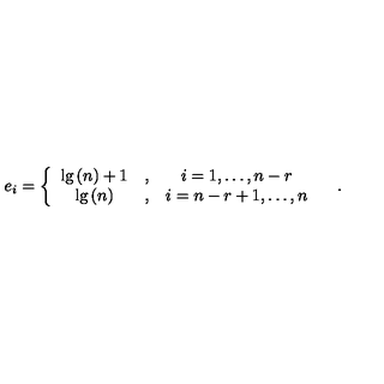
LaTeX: e _ { i } = \left\{ \begin{array} { c c c } { \lg \left( n \right) + 1 } & { , } & { i = 1 , \ldots , n - r } \\ { \lg \left( n \right) } & { , } & { i = n - r + 1 , \ldots , n } \\ \end{array} \right. \quad .